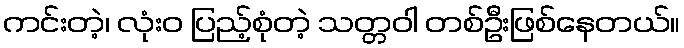
ကင်းတဲ့၊ လုံးဝ ပြည့်စုံတဲ့ သတ္တဝါ တစ်ဦးဖြစ်နေတယ်။